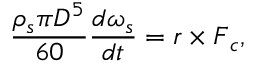
\frac { \rho _ { s } \pi D ^ { 5 } } { 6 0 } \frac { d \boldsymbol { \omega } _ { s } } { d t } = \boldsymbol { r } \times \boldsymbol { F } _ { c } ,